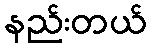
နည်းတယ်